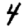
Digit: 4